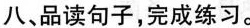
八、品读句子，完成练习。